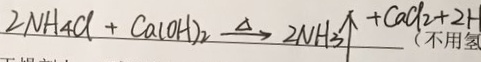
2 N H _ { 4 } C l + C a ( O H ) _ { 2 } \xrightarrow { \Delta } 2 N H _ { 3 } \uparrow + C a C l _ { 2 } + 2 H